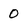
Character: 0